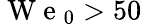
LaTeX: \mathrm{~W~e~}_{0}>50